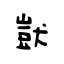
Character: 獃